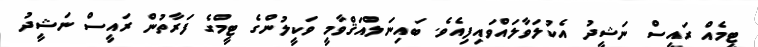
ޓީމެއް ރައީސް ނަޝީދު އެކުލަވާލައްވައިފިއެވެ. ބައިނަލްއަޤްވާމީ ވަކީލުންގެ ޓީމްގެ ފަރާތުން ރައީސް ނަޝީދު